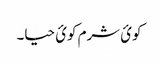
کوئ شرم کوئ حیا۔